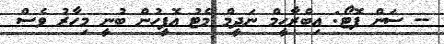
-- ސަން ފޮޓޯ: އިބްރާހީމް ނަދީމް މެޓު އޮފީހުން ބުނީ މިހާރު ވެސް